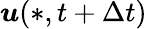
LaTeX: \boldsymbol{u}(*,t+\Delta{t})